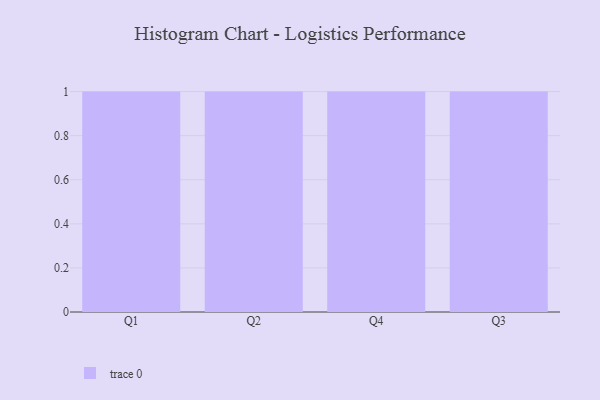
{"axis": {"x": "Quarter", "y": "Active Users"}, "legend": [""], "data": [{"x": "Q1", "y": 55, "type": ""}, {"x": "Q2", "y": 81, "type": ""}, {"x": "Q4", "y": 44, "type": ""}, {"x": "Q3", "y": 11, "type": ""}]}